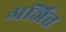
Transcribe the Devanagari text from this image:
अर्जित्त